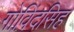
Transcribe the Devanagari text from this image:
गोविंदसिह